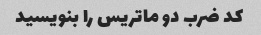
کد ضرب دو ماتریس را بنویسید